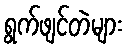
ရွက်ဖျင်တဲများ